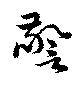
警